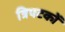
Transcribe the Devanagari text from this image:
त्रिपटकों